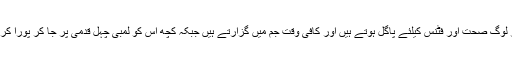
زیادہ تر لوگ صحت اور فٹنس کیلئے پاگل ہوتے ہیں اور کافی وقت جم میں گزارتے ہیں جبکہ کچھ اس کو لمبی چہل قدمی پر جا کر پورا کرتے ہیں۔